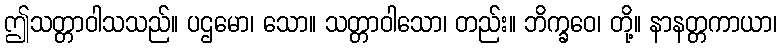
ဤသတ္တာဝါသသည်။ ပဌမော၊ သော။ သတ္တာဝါသော၊ တည်း။ ဘိက္ခဝေ၊ တို့။ နာနတ္တကာယာ၊